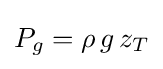
P_{g}=\rho \,g\,z_{T}